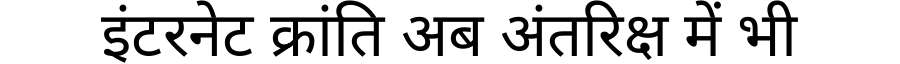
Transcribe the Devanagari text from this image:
इंटरनेट क्रांति अब अंतरिक्ष में भी